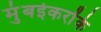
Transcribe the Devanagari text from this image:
मुंबईकरोंके